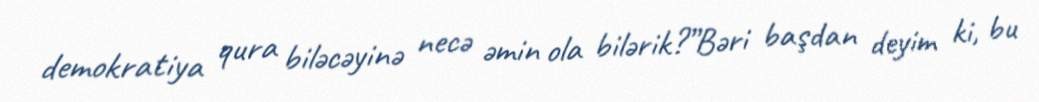
demokratiya qura biləcəyinə necə əmin ola bilərik?”Bəri başdan deyim ki, bu